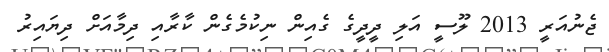
ޖެނުއަރީ 2013 ލޫސީ އަލި ދީދީގެ ގެއިން ނިކުމެގެން ކާރާއި ދިމާއަށް ދިޔައިރު